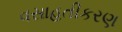
વસાહતીકરણ